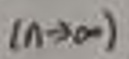
$( n \to \infty )$